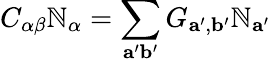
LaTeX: C_{\alpha\beta}\mathbb{N}_{\alpha}=\sum_{\mathbf{{a^{\prime}b^{\prime}}}}G_{\mathbf{{a^{\prime}}},\mathbf{{b^{\prime}}}}\mathbb{N}_{\mathbf{{a^{\prime}}}}